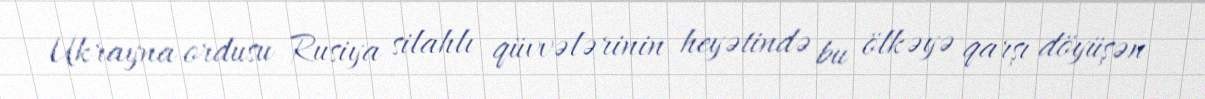
Ukrayna ordusu Rusiya silahlı qüvvələrinin heyətində bu ölkəyə qarşı döyüşən